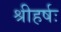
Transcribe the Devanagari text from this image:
श्रीहर्षः